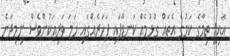
އާޢިލީ ތިމާގެ ކަމުގެ އެތައް ގުޅުމެއް ކަނޑާފައި ފަހަރެއްގައި ހަމަ ވަރިއަކުންވެސް ނިމިދާނެ